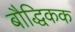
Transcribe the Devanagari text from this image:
बौद्धिकक